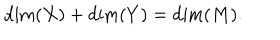
LaTeX: \mathrm { d i m } ( X ) + \mathrm { d i m } ( Y ) = \mathrm { d i m } ( M ) .